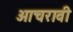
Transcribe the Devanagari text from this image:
आचरावी